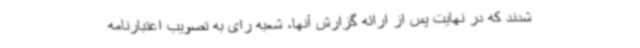
شدند که در نهایت پس از ارائه گزارش آنها، شعبه رای به تصویب اعتبارنامه